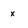
Character: x